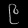
Digit: ၉